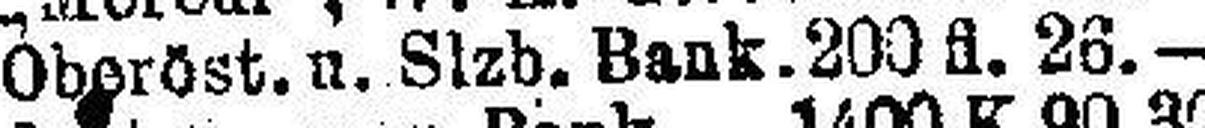
Oberöst. u. Slzb. Bank. 200 fl. 26.—